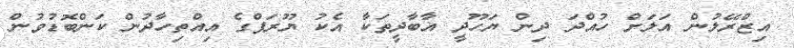
އިޒްރޭލުން އަލަށް ހުއްދަ ދިން ޔަހޫދީ އާބާދީތަކާ އެކު ޔޫރަޕްގެ އިއްތިހާދުން ކަންބޮޑުވުން